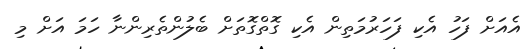
އެއަށް ފަހު އެކި ފަހަރުމަތިން އެކި ގޮތްގޮތަށް ބެލުންތެރިންނާ ހަމަ އަށް މި